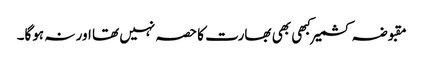
مقبوضہ کشمیر کبھی بھی بھارت کا حصہ نہیں تھا اور نہ ہوگا۔